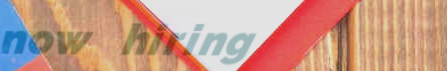
now hiring